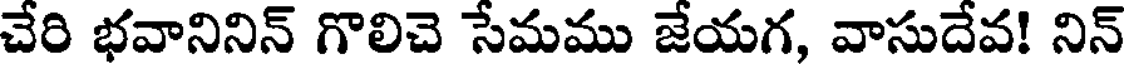
చేరి భవానినిన్ గొలిచె సేమము జేయగ, వాసుదేవ! నిన్